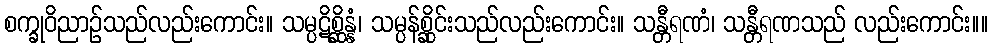
စက္ခုဝိညာဉ်သည်လည်းကောင်း။ သမ္ပဋိစ္ဆိန္နံ၊ သမ္ပန်စ္ဆိုင်းသည်လည်းကောင်း။ သန္တီရဏံ၊ သန္တီရဏသည် လည်းကောင်း။။